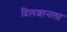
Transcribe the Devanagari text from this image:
दिलशानला